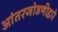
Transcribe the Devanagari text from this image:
आंतरजोडणीद्वारे